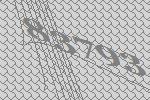
83793